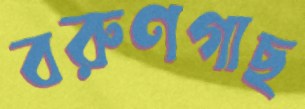
বরুণগাছ